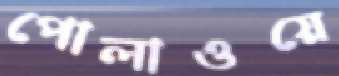
পোলাওয়ে